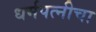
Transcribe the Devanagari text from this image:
धर्मपत्‍नीचा